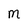
Character: M